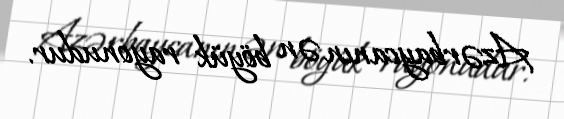
Azərbaycanın ən böyük rayonudur.